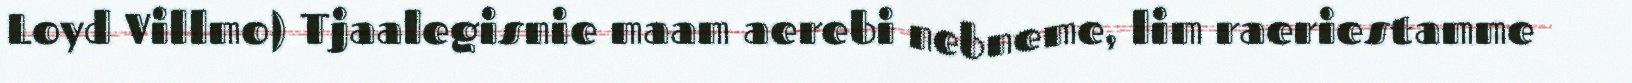
Loyd Villmo) Tjaalegisnie maam aerebi nebneme, lim raeriestamme